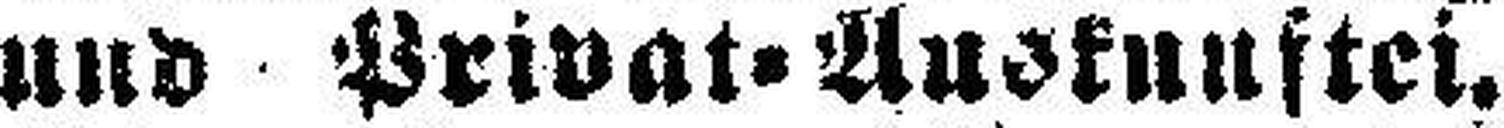
und Privat=Auskunftei.